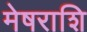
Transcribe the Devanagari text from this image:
मेषराशि